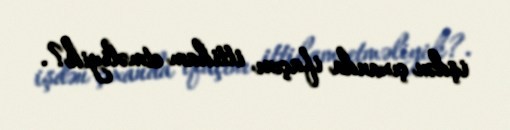
işdən çıxanda ifaçını ittiham etməliyik?.